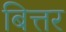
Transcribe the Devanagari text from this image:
बित्तर